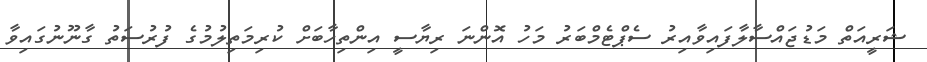
ޝަރީއަތް މަޑުޖައްސާލާފައިވާއިރު ސެޕްޓެމްބަރު މަހު އޮންނަ ރިޔާސީ އިންތިހާބަށް ކުރިމަތިލުމުގެ ފުރުސަތު ގާނޫނުގައިވާ